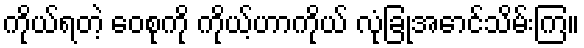
ကိုယ်ရတဲ့ ဝေစုကို ကိုယ့်ဟာကိုယ် လုံခြုံအောင်သိမ်းကြ။